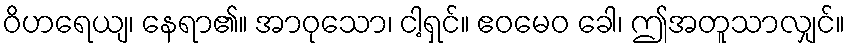
ဝိဟရေယျ၊ နေရာ၏။ အာဝုသော၊ ငါ့ရှင်။ ဧဝမေဝ ခေါ၊ ဤအတူသာလျှင်။